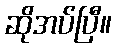
ဆိုအပ်ပြီ။